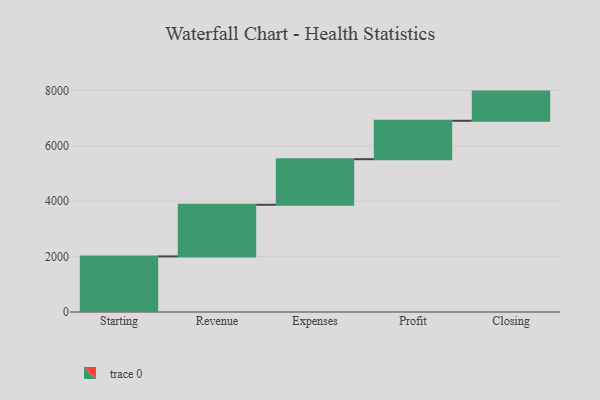
{"axis": {"x": "Step", "y": "Value"}, "legend": [""], "data": [{"x": "Starting", "y": 2009.0, "type": ""}, {"x": "Revenue", "y": 1865.0, "type": ""}, {"x": "Expenses", "y": 1646.0, "type": ""}, {"x": "Profit", "y": 1388.0, "type": ""}, {"x": "Closing", "y": 1054.0, "type": ""}]}